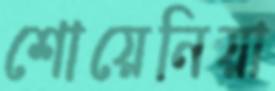
শোয়েনিয়া